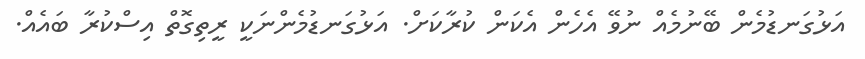
އަޅުގަނޑުމެން ބޭނުމެއް ނުވޭ އެހެން އެކަން ކުރާކަށް. އަޅުގަނޑުމެންނަކީ ރީތިގޮތް އިސްކުރާ ބައެއް.